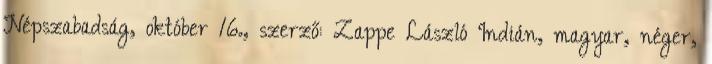
Népszabadság, október 16., szerző: Zappe László Indián, magyar, néger,